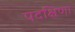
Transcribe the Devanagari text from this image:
पदक्षिणा